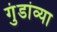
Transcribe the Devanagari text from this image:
गुंडांव्या